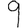
Digit: 9